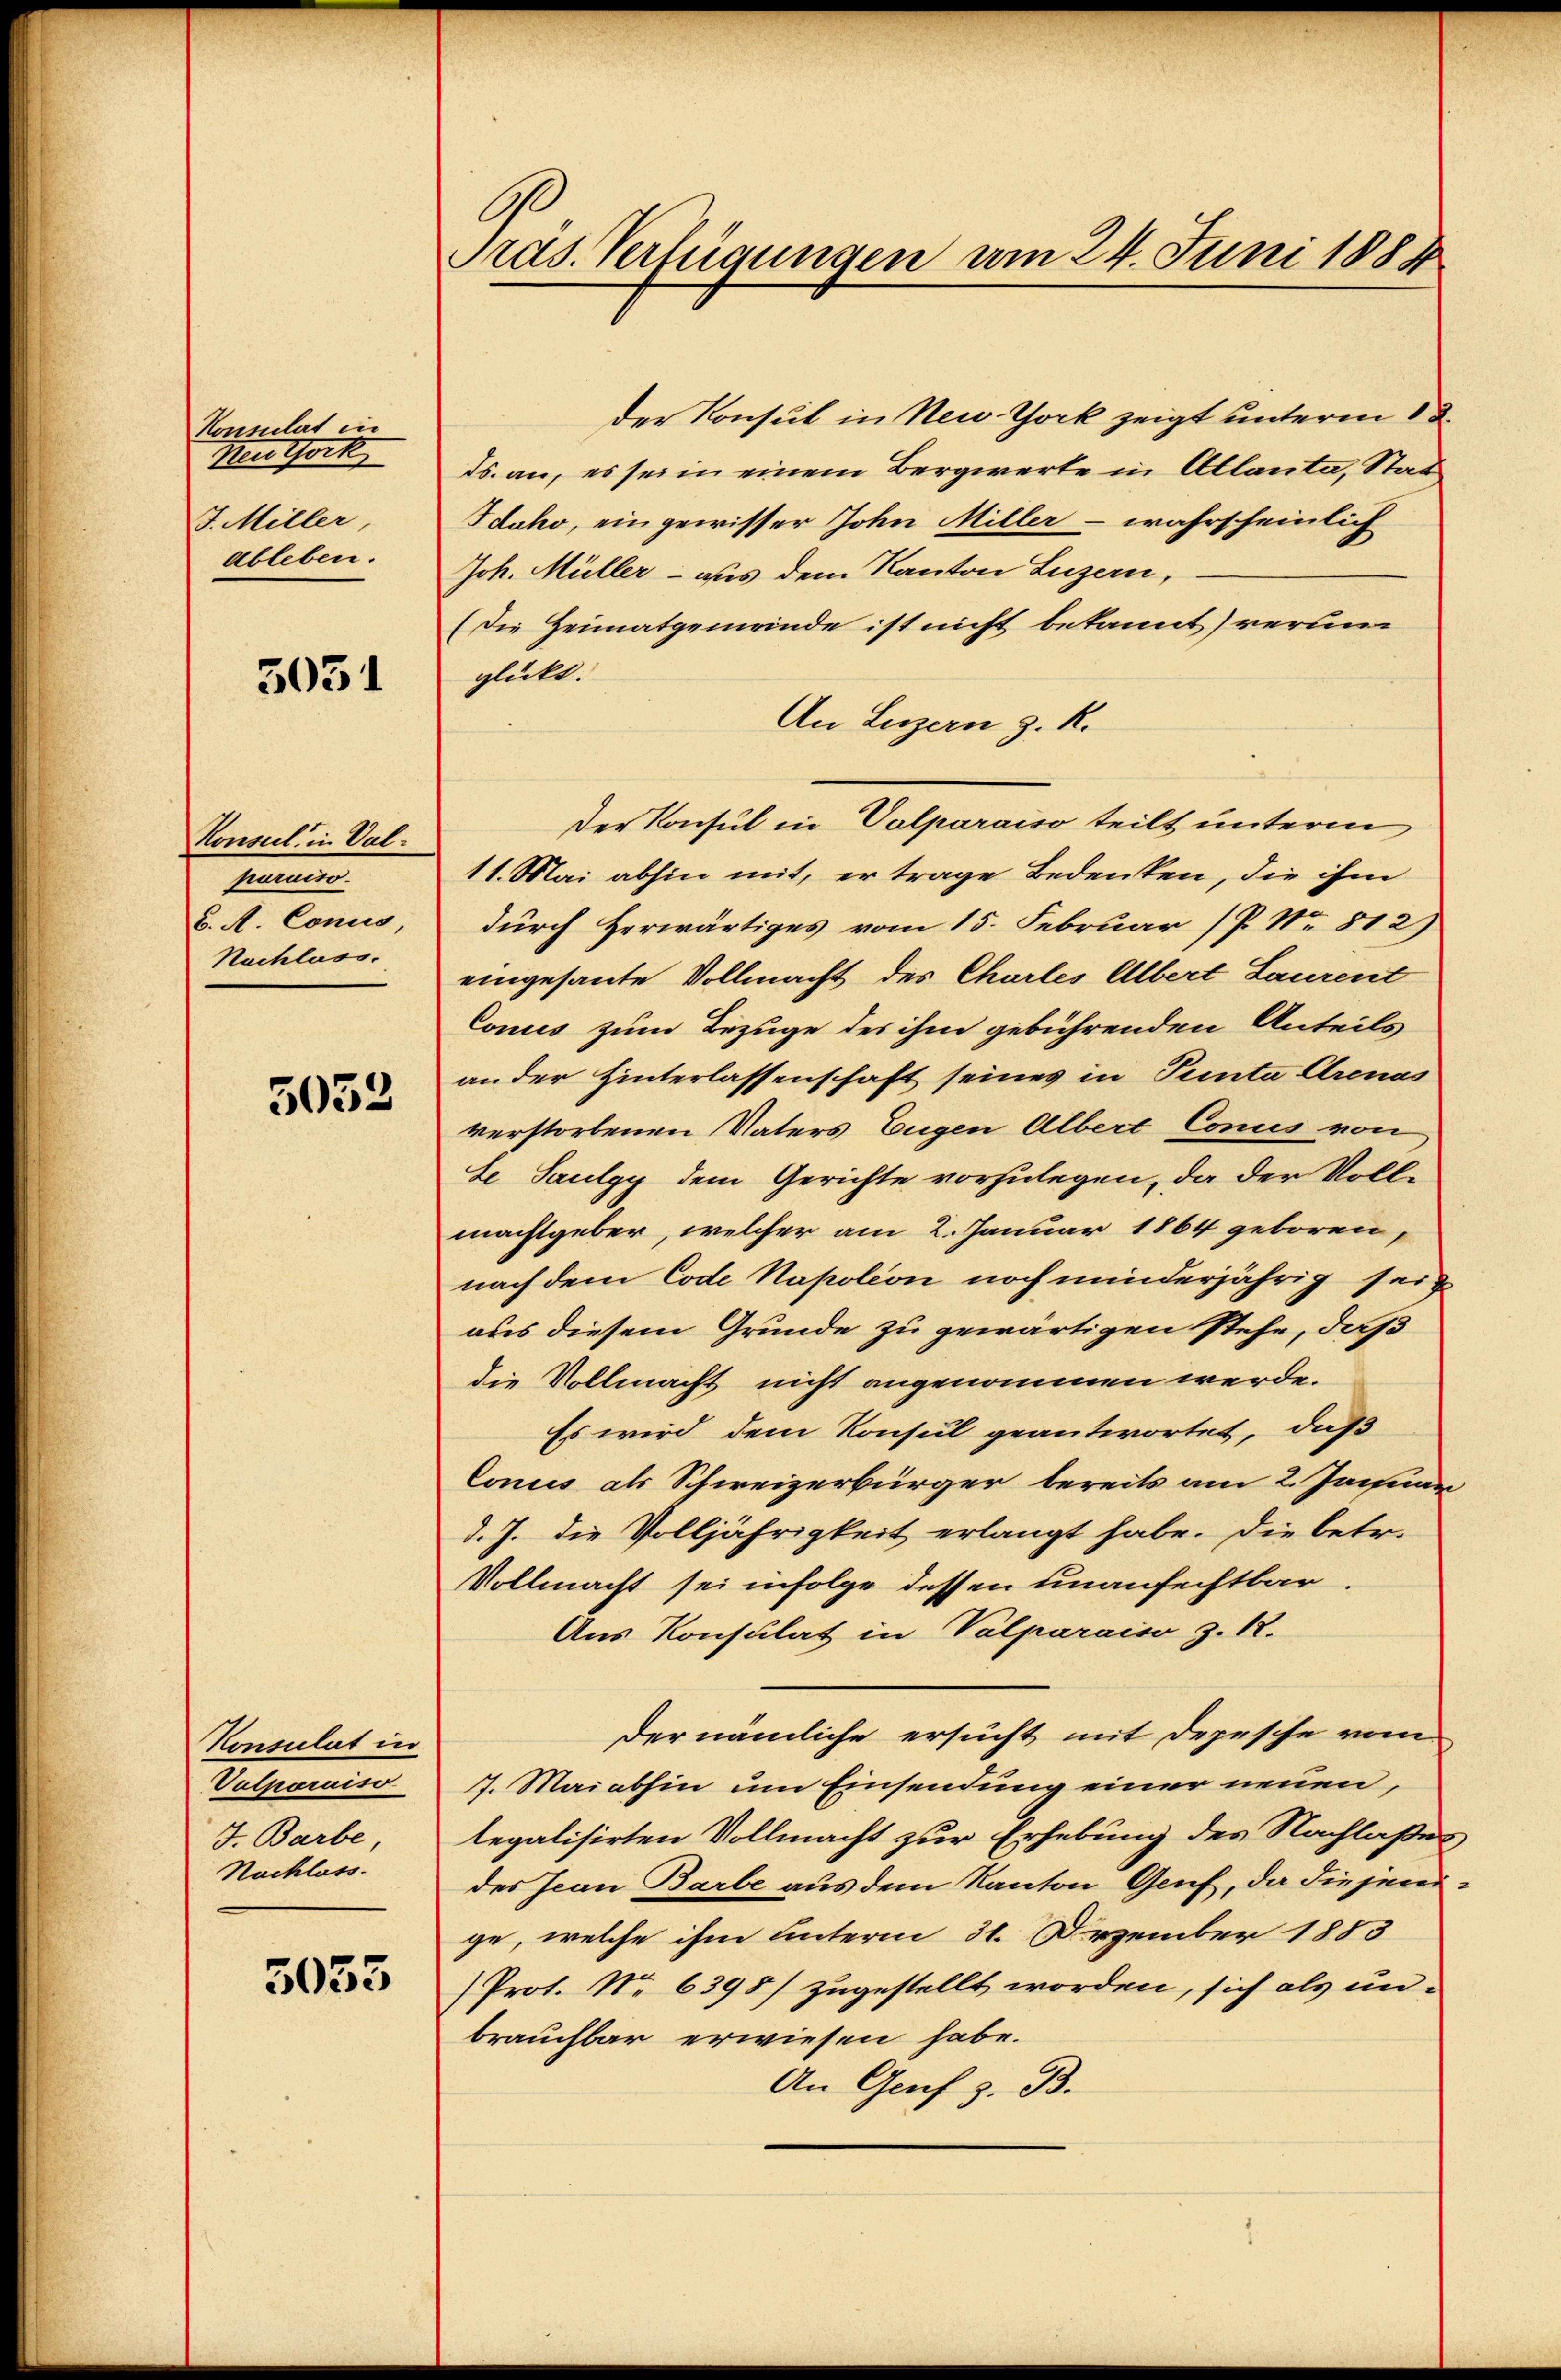
Konsulat in
Neuthork
J. Miller,
ableben.

5031

Konseil in Val¬
Meeren.
B. A. Concis,
Nachlass.

5052

Konsulat in
Vallenius
J. Barbe,
Nachlass.

5033

Pras. Verfügungen am 24. Juni 1884

der Konsul in New York zeigt unterm 13.
ds. an, es sei in einem Bergwerte in Allanta, Stat
Idoko, eingewisser John Miller - wahrscheinlich
Joh. Müller - aus dem Kanton Luzern,
(die Heimatgemeinde ist nicht bekannt) rerum
glückt.
An Luzern z. R.
Der Konsul in Volparaiso teilt unterm
11. Mai abhin mit, er trage Bedenken, die ihm
durch Herwärtiges vom 15. Februar (P. Nr. 812)
eingesante Vollmacht des Chartes Albert Laurent
Concis zum Bezuge des ihm gebührenden Anteils
an der Hinterlassenschaft seines in Peinta Crenas
verstorbenen Vaters Eugen Albert Concis von
se Paulgy dem Gerichte vorzulegen, da der Vollmachtgeber, welcher am 2. Januar 1864 geboren,
nach dem Code Napoleon noch minderjährig sein
aus diesem Grunde zu gewärtigen stehe, daß
die Vollmacht nicht angenommen werde.
Es wird dem Konsul geantwortet, daß
Concis als Schweizerbürger bereits am 2. Januar
d. J. die Volljährigkeit erlangt habe. Die betr.
Vollmacht sei infolge dessen unanfechtbar.
Aus Konsulat in Valparaiso z. R.
der nämliche ersucht mit Depesche vom
7. Maiabhin um Einsendung einer neuen,
legalisirten Vollmacht zur Erhebung des Nachlaßes
des Jean Barbe aus dem Kanton Genf, da diesem
ge, welche ihm unterm 31. Dezember 1883
Prot. No 6398) zugestellt worden, sich als unbrauchbar erwiesen habe.
An Genf z. B.